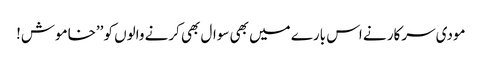
مودی سرکار نے اس بارے میں بھی سوال بھی کرنے والوں کو ’’خاموش!